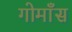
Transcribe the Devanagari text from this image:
गोमाँस